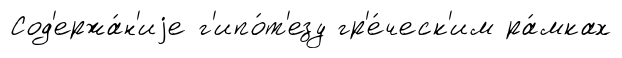
Сод'ержа́н'иjе г'ипо́т'езу гр'е́ческ'им ра́мках